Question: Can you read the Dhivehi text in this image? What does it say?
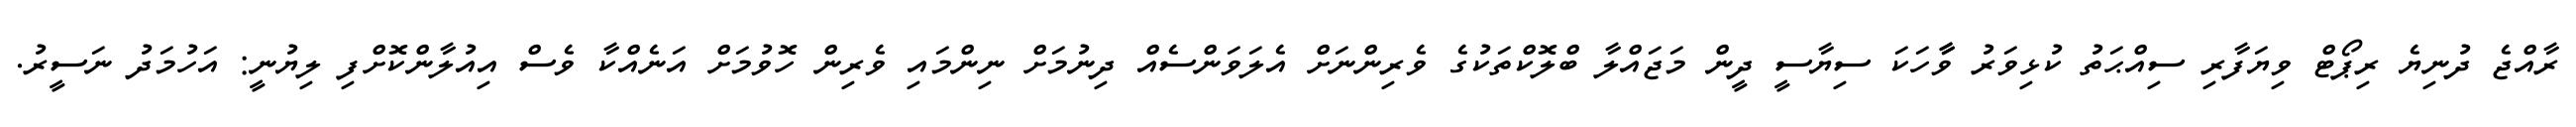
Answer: ރާއްޖެ ދުނިޔެ ރިޕޯޓް ވިޔަފާރި ސިއްޙަތު ކުޅިވަރު ވާާހަކަ ސިޔާސީ ދީން މަޖައްލާ ބްލޮކްތަކުގެ ވެރިންނަށް އެލަވަންސެއް ދިނުމަށް ނިންމައި ވެރިން ހޮވުމަށް އަނެއްކާ ވެސް އިއުލާންކޮށްފި ލިޔުނީ: އަހުމަދު ނަސީރު.